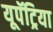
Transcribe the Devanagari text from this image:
यूपॅट्रिया